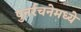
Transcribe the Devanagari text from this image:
पुनर्रचनेमध्ये